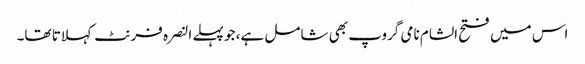
اس میں فتح الشام نامی گروپ بھی شامل ہے، جو پہلے النصرہ فرنٹ کہلاتا تھا۔